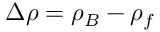
\Delta \rho = \rho _ { B } - \rho _ { f }